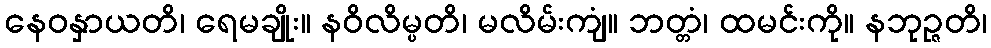
နေဝနှာယတိ၊ ရေမချိုး။ နဝိလိမ္ပတိ၊ မလိမ်းကျံ။ ဘတ္တံ၊ ထမင်းကို။ နဘုဉ္ဇတိ၊